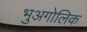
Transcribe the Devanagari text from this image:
भुअगोलिक